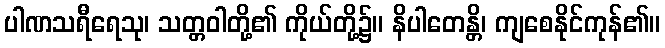
ပါဏသရီရေသု၊ သတ္တဝါတို့၏ ကိုယ်တို့၌။ နိပါတေန္တိ၊ ကျစေနိုင်ကုန်၏။